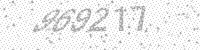
Solution: 969217